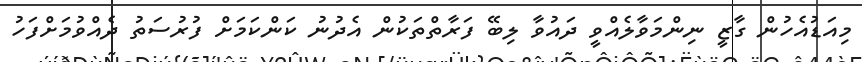
މިއަޑުއެހުން ގާޒީ ނިންމަވާލެއްވީ ދައުވާ ލިބޭ ފަރާތްތަކުން އެދުނު ކަންކަމަށް ފުރުސަތު ދެއްވުމަށްފަހު